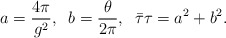
\begin{align*}a=\frac{4\pi }{g^{2}},\;\;b=\frac{\theta }{2\pi },\;\;\bar{\tau}\tau=a^{2}+b^{2}.\end{align*}